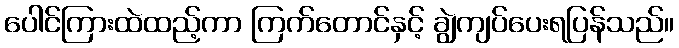
ပေါင်ကြားထဲထည့်ကာ ကြက်တောင်နှင့် ချွဲကျပ်ပေးရပြန်သည်။